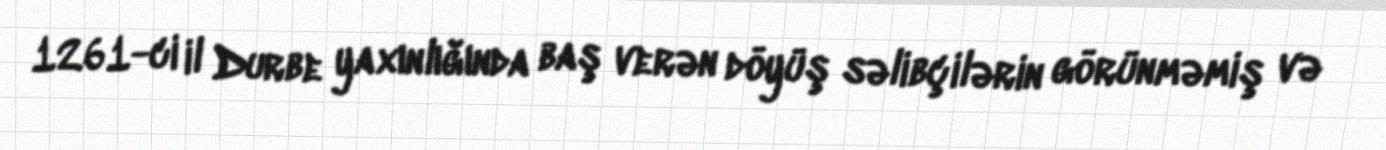
1261-ci il Durbe yaxınlığında baş verən döyüş səlibçilərin görünməmiş və